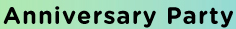
Anniversary Party